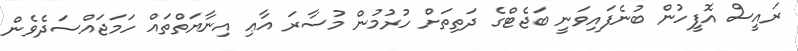
ރައީސް އޮފީހުން ބުނެފައިވަނީ ބަޖެޓްގެ ދަތިތަށް ހުރުމުން މުސާރަ އާޢި އިނާޔަތްތައް ހަމަޖައްސަދެވެން